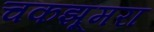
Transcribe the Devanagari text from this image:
चकझूमरा